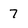
Character: 7